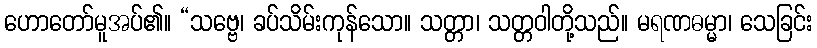
ဟောတော်မူအပ်၏။ “သဗ္ဗေ၊ ခပ်သိမ်းကုန်သော။ သတ္တာ၊ သတ္တဝါတို့သည်။ မရဏဓမ္မာ၊ သေခြင်း